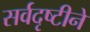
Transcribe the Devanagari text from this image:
सर्वदृष्टीने